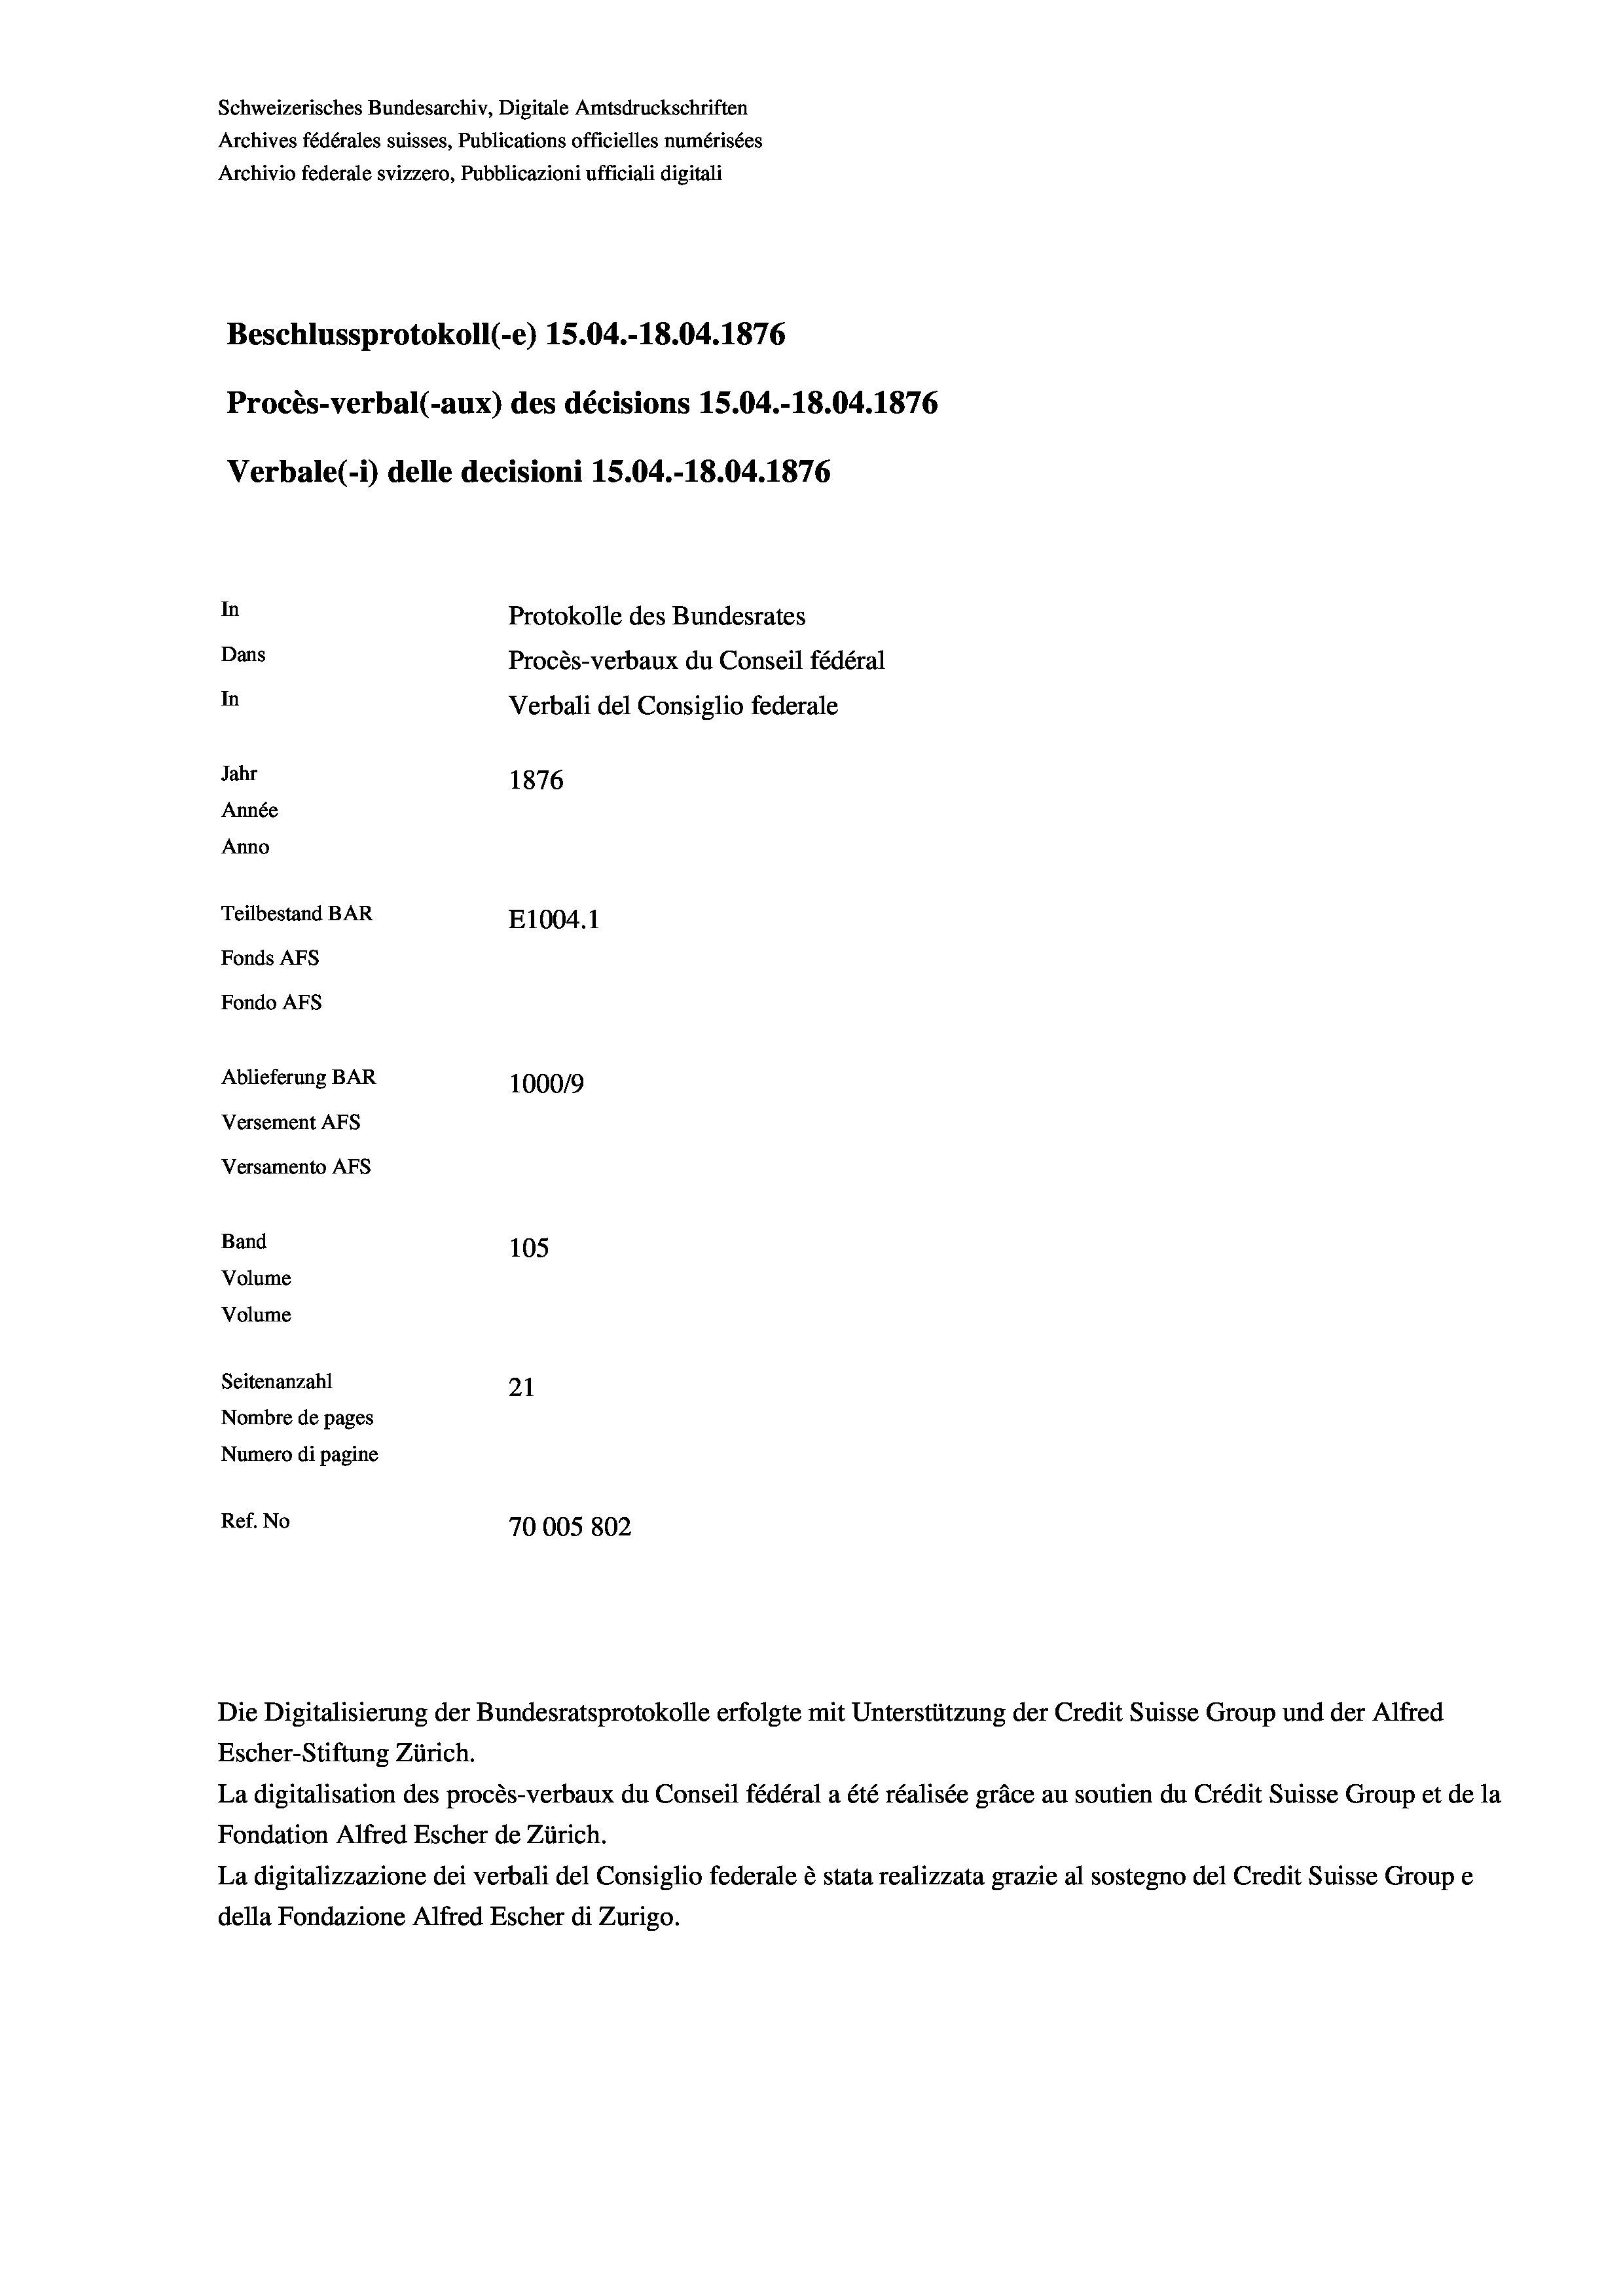
Schweizerisches Bundesarchiv, Digitale Amtsdruckschriften
Archives fédérales suisses, Publications officielles numérisées
Archivio federale svizzero, Pubblicazioni ufficiali digitali
Beschlussprotokoll (-e) 15.04.-18.04. 1876
Procès-verbal (-aux) des décisions 15.04.-18.04. 1876
Verbale(-*) delle decisioni 15.04.-18.04. 1876
In
Protokolle des Bundesrates
Dans
Procès-verbaux du Conseil fédéral
In
Verbali del Consiglio federale
Jahr
1876
Année
Anno
Teilbestand BAR
E1004. 1
Fonds AFs
Fondo Afs
Ablieferung BAR
100019
Versement AFs
Versamento AFs
Band
105
Volume
Volume
Seitenanzahl
21
Nombre de pages
Numero di pagine
Ref. No
70005 802

Escher-Stiftung Zürich.
La digitalisation des procès-verbaux du Conseil fédéral a été réalisée gräce au soutien du Crédit Suisse Group et de la
Fondation Alfred Escher de Zürich.
La digitalizzazione dei verbali del Consiglio federale è stata realizzata grazie al sostegno del Credit Suisse Groupe
della Fondazione Alfred Escher di Zurigo.

Die Digitalisierung der Bundesratsprotokolle erfolgte mit Unterstützung der Credit Suisse Group und der Alfred